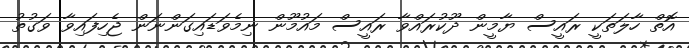
އޮތް ހާލަތަކީ ރައީސް ޔާމީން ދޫކުރައްވާ ރައީސް މައުމޫން ނިމެވަޑައިގަންނަން ޖެހިފައިވާ ވަގުތު